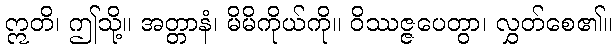
ဣတိ၊ ဤသို့။ အတ္တာနံ၊ မိမိကိုယ်ကို။ ဝိဿဇ္ဇပေတွာ၊ လွှတ်စေ၏။